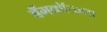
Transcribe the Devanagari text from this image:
बँगकॉकला